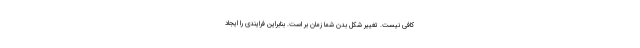
کافی نیست. تغییر شکل بدن شما زمان بر است. بنابراین فرایندی را ایجاد